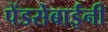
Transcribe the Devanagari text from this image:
पेंडसेबाईंनी